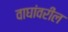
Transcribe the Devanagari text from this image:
वाघांवरील